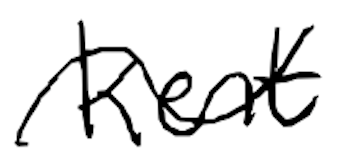
Text: Kent
Cross-out: wave
Writing tool: digital_black